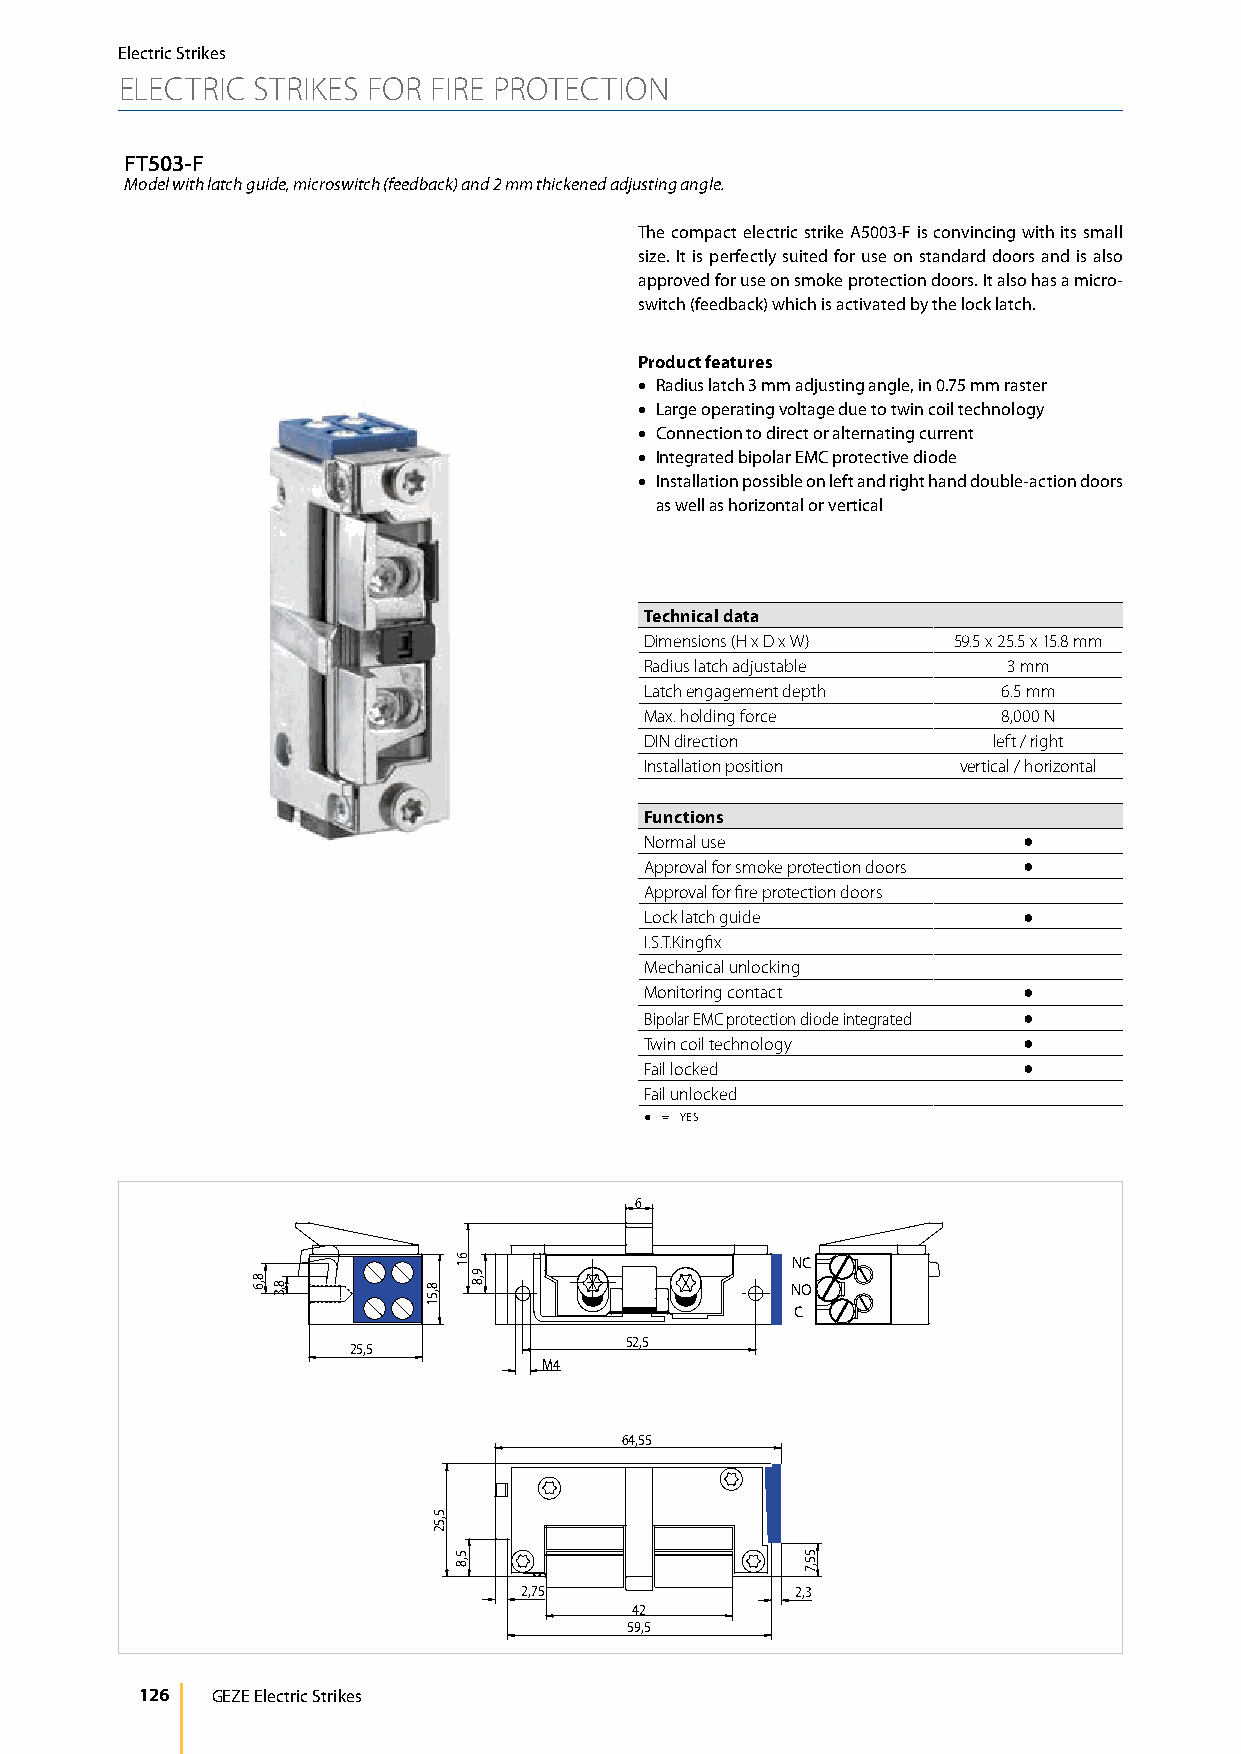
Electric Strikes
 ELECTRIC STRIKES FOR FIRE PROTECTION
 FT503-F
 Model with latch guide, microswitch (feedback) and 2 mm thickened adjusting angle.
 The compact electric strike A5003-F is convincing with its small
 size. It is perfectly suited for use on standard doors and is also
 approved for use on smoke protection doors. It also has a micro-
 switch (feedback) which is activated by the lock latch.
 Product features
 • Radius latch 3 mm adjusting angle, in 0.75 mm raster
 • Large operating voltage due to twin coil technology
 • Connection to direct or alternating current
 • Integrated bipolar EMC protective diode
 • Installation possible on left and right hand double-action doors
 as well as horizontal or vertical
 Technical data
 Dimensions (H x D x W) 59.5 x 25.5 x 15.8 mm
 Radius latch adjustable 3 mm
 Latch engagement depth 6.5 mm
 Max. holding force     8,000 N
 DIN direction          left / right
 Installation position vertical / horizontal
 Functions
 Normal use               ●
 Approval for smoke protection doors ●
 Approval for fire protection doors
 Lock latch guide         ●
 I.S.T.Kingfix
 Mechanical unlocking
 Monitoring contact       ●
 Bipolar EMC protection diode integrated ●
 Twin coil technology     ●
 Fail locked              ●
 Fail unlocked
 ● = YES
 6
 NC
 NO
 C
 52,5
 25,5
 M4
 64,55
 2,75               2,3
 42
 59,5
 126  GEZE Electric Strikes
 8,6
 8,3       8,51
 5,52
 61
 5,8
 9,8
 55,7